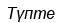
Түпте